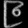
Digit: ၉